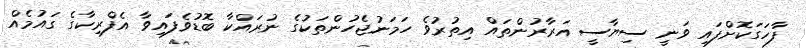
ފާހަގަކޮށްފައި ވަނީ ސިޔާސީ އަރާރުންތައް އިތުރުވެ ހަމަނުޖެހުންތަކުގެ ނުރައްކާ ބޮޑުވެފައިވާ އެފްރިކާގެ ގައުމެއް